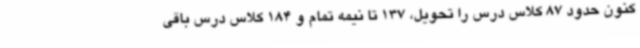
کنون حدود 87 کلاس درس را تحویل، 137 تا نیمه تمام و 184 کلاس درس باقی